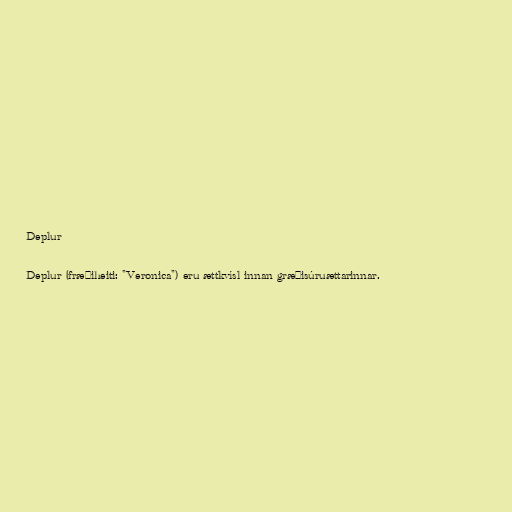
Deplur

Deplur (fræðiheiti: "Veronica") eru ættkvísl innan græðisúruættarinnar.